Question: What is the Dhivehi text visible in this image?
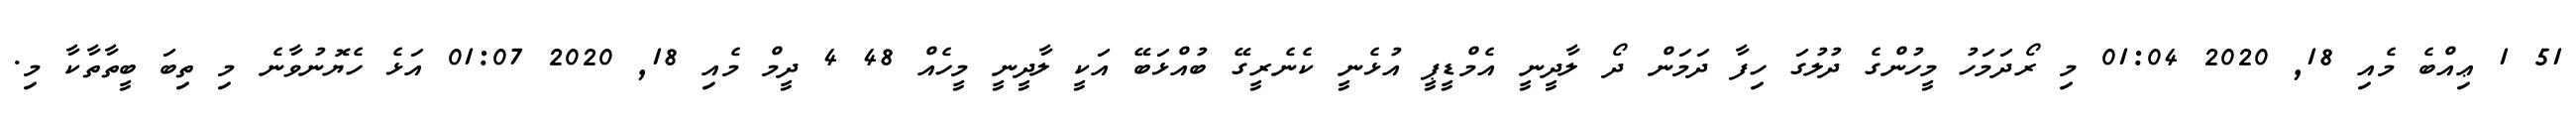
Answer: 51 1 ޢިއްބެ މެއި 18, 2020 01:04 މި ރޯދަމަހު މީހުންގެ ދުލުގަ ހިފާ ދަމަން ދޯ ލާދީނީ އެމްޑީޕީ އުޅެނީ ކެނެރީގޭ ބުއްޅަބޭ އަކީ ލާދީނީ މީހެއް 48 4 ދީމް މެއި 18, 2020 01:07 އަޅެ ހެޔޮނުވާނެ މި ތިބަ ބީތާތާކާ މި.